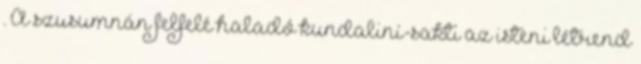
. A szusumnán felfelé haladó kundaliní-sakti az isteni létrend